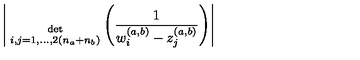
\Bigg | { \atop { \mathrm { d e t } \atop { \scriptstyle i , j = 1 , . . . , 2 ( n _ { a } + n _ { b } ) } } } \Bigg ( \frac { 1 } { w _ { i } ^ { ( a , b ) } - z _ { j } ^ { ( a , b ) } } \Bigg ) \Bigg |